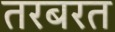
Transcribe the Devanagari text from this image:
तरबरत